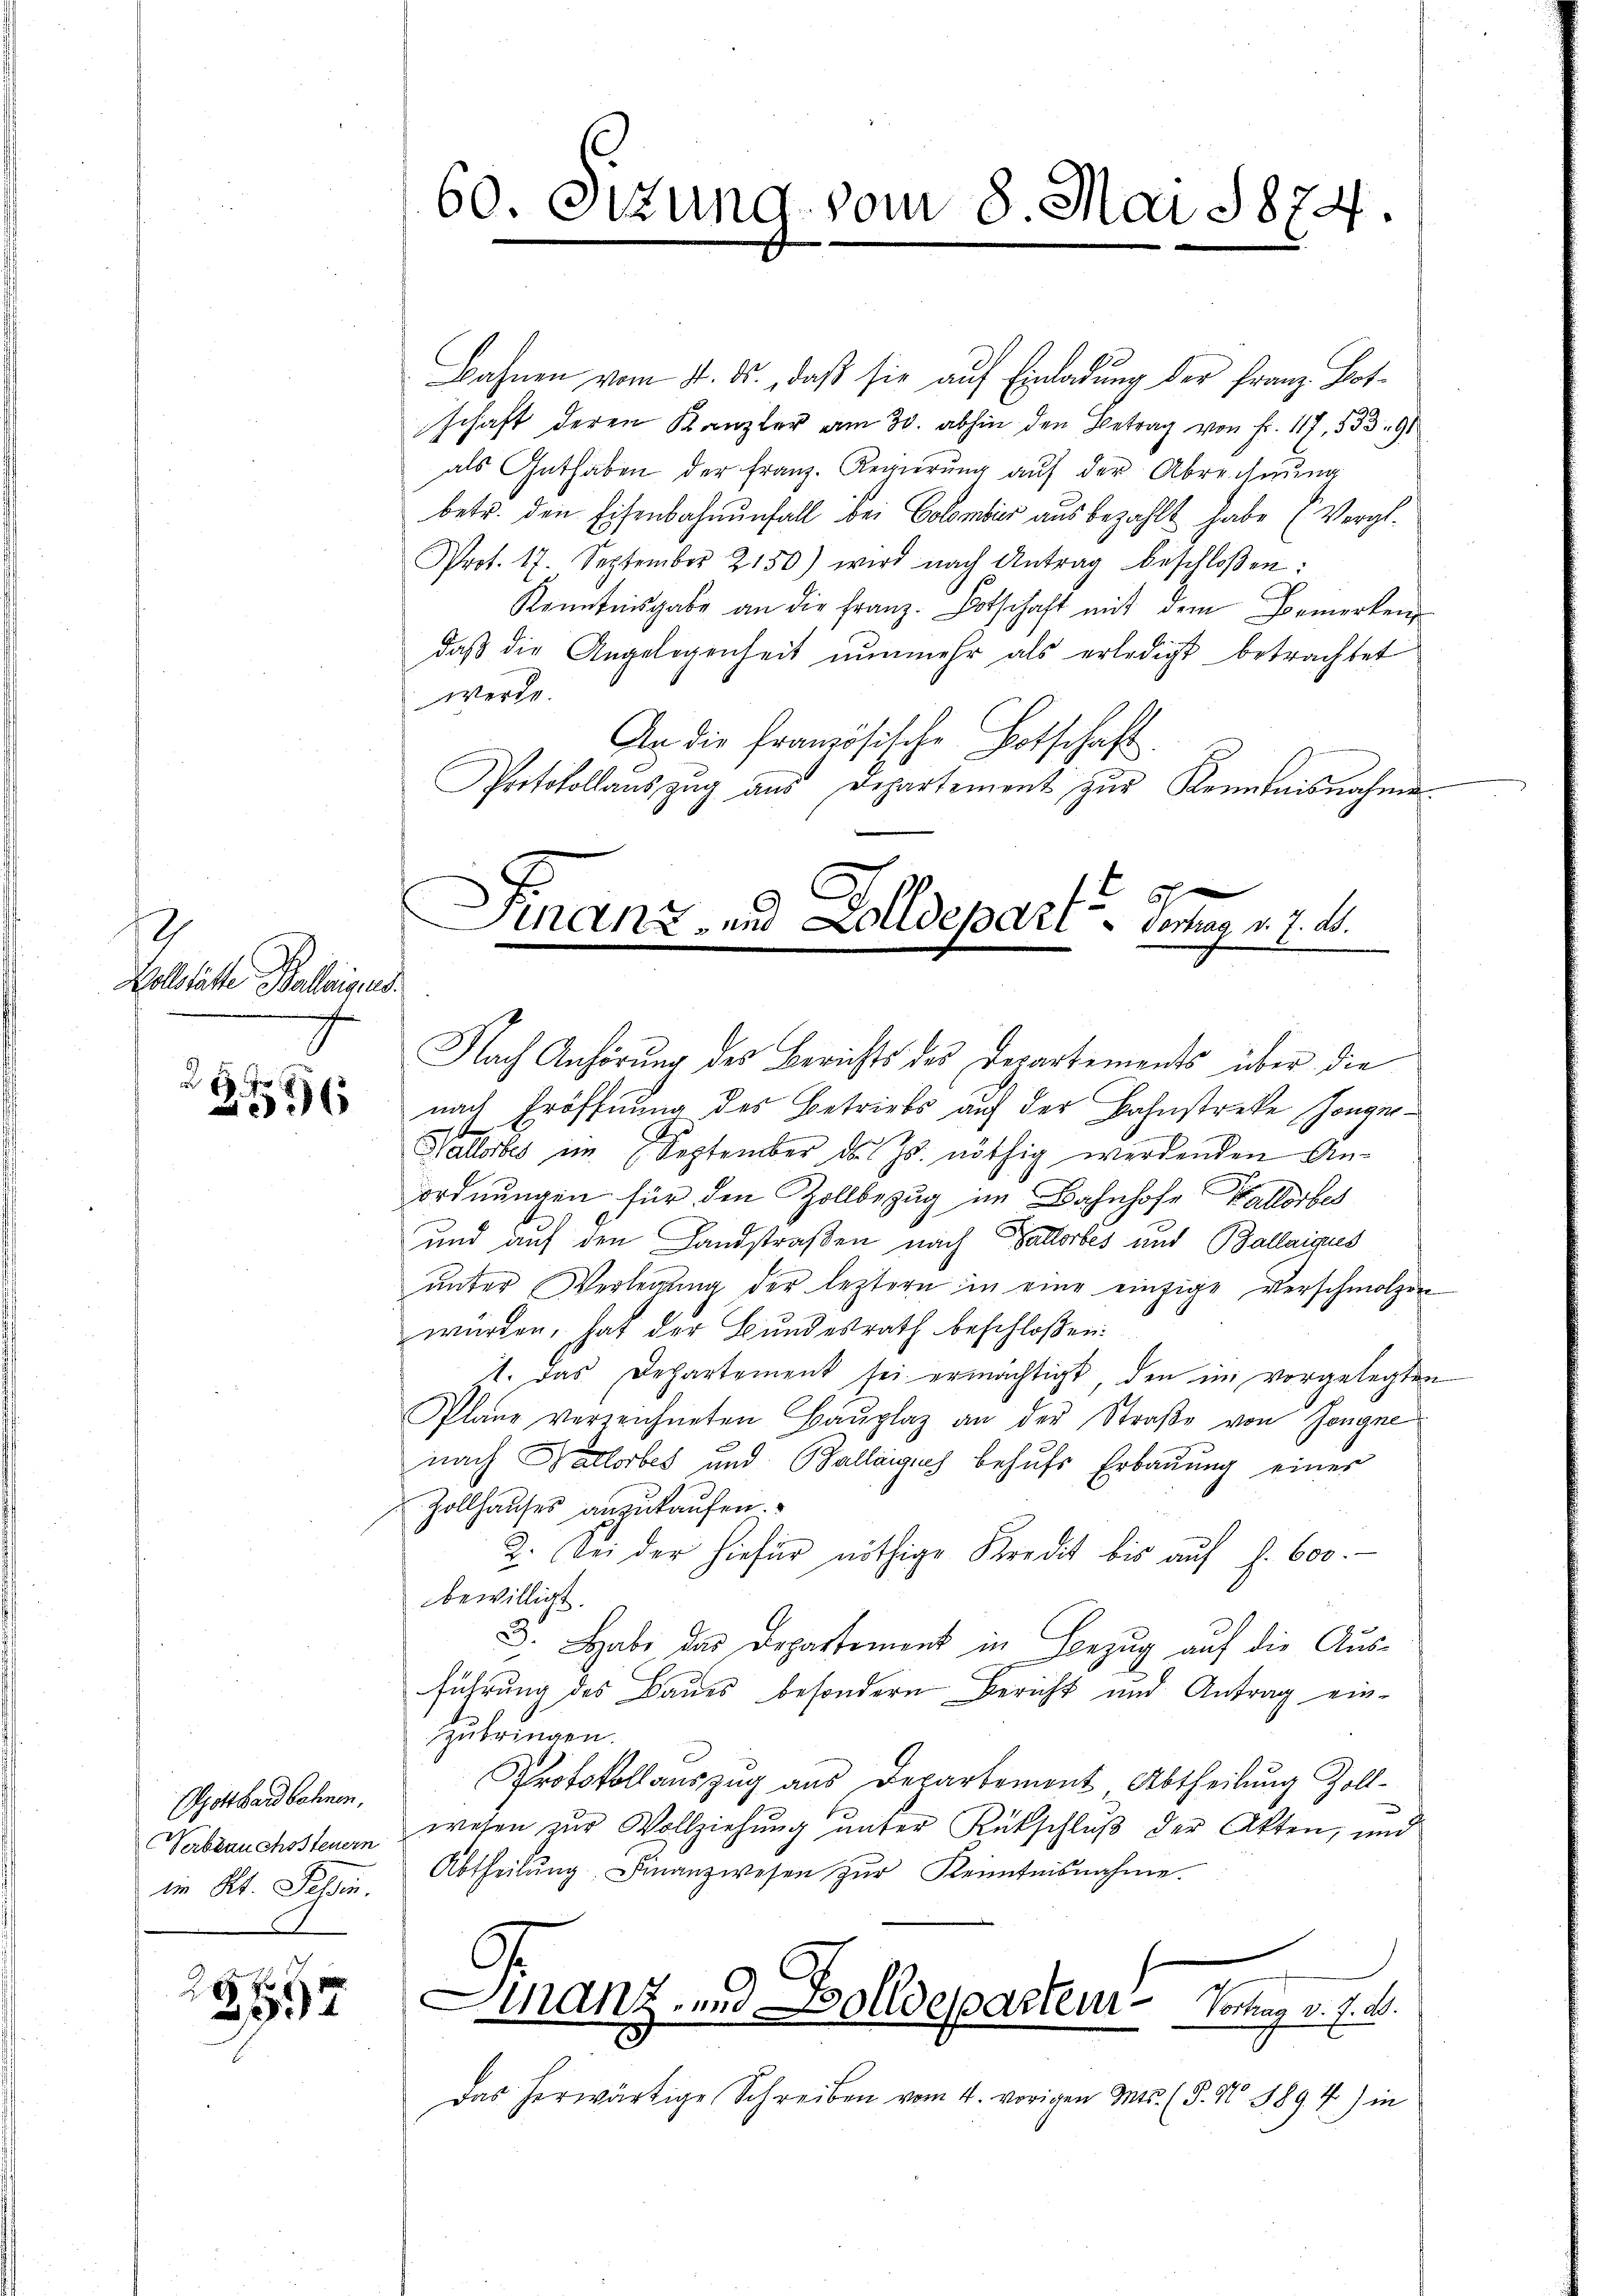
2
Wollstätte Bollwig und

2.
2596

Gotthardbahnen,

E
2597

Bahnen vom 4. ds., daß sie auf Einladung der Franz Botschaft deren Kanzler am 30. abhin den Betrag von Fr. 117, 533 91
als Guthaben der Franz. Regierŭng auf der Abrechnung
betr. den Eisenbahnenfall bei Colomber aus bezahlt habe (Vergl.
Prot. 17. September 2150) wird nach Antrag beschloßen:
Kenntnisgabe an die Franz. Botschaft mit dem Bemerken
daß die Angelegenheit nunmehr als erledigt betrachtet
werde.
An die französische Botschaft
Protokollaŭszŭg aŭs Departement zŭr Kenntnisnahme
h
Finanz- und Zolldepart . . vertrag v. 7. ds.

60. Sizung vom 8. Mai 1874.

Nach Anhörung des Berichts des Departements über die
nach
Eröffnung des Betriebs auf der Bahnstreke Jongirbe
Hallortes ein September ds. Z. nöthig werdenden Anordnungen für den Zollbezug im Bahnhofe Kallorbes
und auf den Landstraßen nach Baltorbes und Ballaicus
unter Verlegung der leztern in eine einzige Verschmolzen
wurden, hat der Bundesrath beschloßen:
zt. Das Departement sei ermächtigt, den im vorgelegten
Plane verzeichneten Baŭplaz an der Straße von Zongne
nach Ballorbes und Ballaigius behufs Erbauung einer
Zollhauses anzukaufen.
2. Bei der hiefür nöthige Kredit bis aŭf f. 600.
bewilligt.
3. Habe das Departement in Bezug auf die Ausführung des Baues besondern Bericht und Antrag einzubringen.
Protokollauszug aus Departement Abtheilung Zoll-
Vabrauchssteuer wesen zur Vollziehung unter Rückschluß der Akten, und
i Kt. Schan. Abtheilŭng Finanzwesen zŭr Kenntnisnahme.
Finanz- und Bolldeparten Vortrag v. 7. d.
Das herwärtige Schreiben vom 4. vorigen Mts. (§. N 1894) in